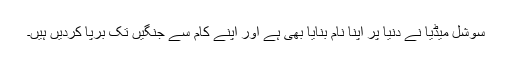
سوشل میڈیا نے دنیا پر اپنا نام بنایا بھی ہے اور اپنے کام سے جنگیں تک برپا کردیں ہیں۔